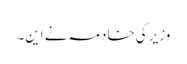
وزیر کی خادمہ نے این۔